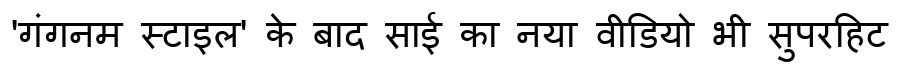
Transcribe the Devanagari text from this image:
'गंगनम स्टाइल' के बाद साई का नया वीडियो भी सुपरहिट